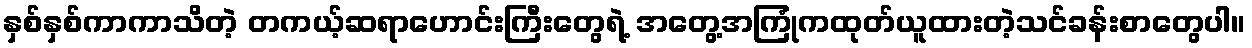
နှစ်နှစ်ကာကာသိတဲ့ တကယ့်ဆရာဟောင်းကြီးတွေရဲ့ အတွေ့အကြုံကထုတ်ယူထားတဲ့သင်ခန်းစာတွေပါ။